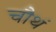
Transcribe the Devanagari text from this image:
चौथं